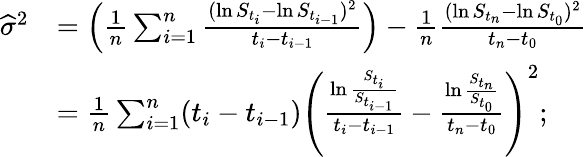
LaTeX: {\begin{array}{rl}{{\widehat{\sigma}}^{2}}&{=\left({\frac{1}{n}}\sum_{i=1}^{n}{\frac{(\ln S_{t_{i}}-\ln S_{t_{i-1}})^{2}}{t_{i}-t_{i-1}}}\right)-{\frac{1}{n}}{\frac{(\ln S_{t_{n}}-\ln S_{t_{0}})^{2}}{t_{n}-t_{0}}}}\\ &{={\frac{1}{n}}\sum_{i=1}^{n}(t_{i}-t_{i-1})\left({\frac{\ln{\frac{S_{t_{i}}}{S_{t_{i-1}}}}}{t_{i}-t_{i-1}}}-{\frac{\ln{\frac{S_{t_{n}}}{S_{t_{0}}}}}{t_{n}-t_{0}}}\right)^{2};}\end{array}}